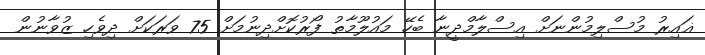
ޣައިރު މުސްލިމުންނަށް އިސްލާމްދީނާ ބެހޭ މައުލޫމާތު ފޯރުކޮށްދިނުމަށް 75 ވަރަކަށް ދިވެހި ޒުވާނުން